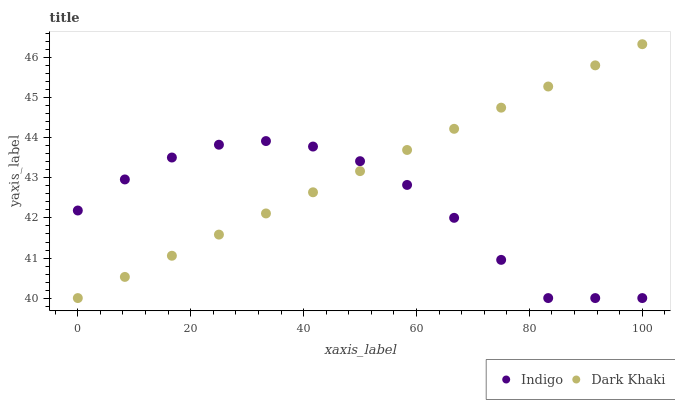
| xaxis_label | Indigo | Dark Khaki |
 | --- | --- | --- |
 | 0 | 42.2 | 40 |
 | 8.33 | 43 | 40.5 |
 | 16.7 | 43.5 | 41.1 |
 | 25 | 43.8 | 41.6 |
 | 33.3 | 43.9 | 42.1 |
 | 41.7 | 43.8 | 42.6 |
 | 50 | 43.4 | 43.2 |
 | 58.3 | 42.8 | 43.7 |
 | 66.7 | 42 | 44.2 |
 | 75 | 41 | 44.8 |
 | 83.3 | 40 | 45.3 |
 | 91.7 | 40 | 45.8 |
 | 100 | 40 | 46.3 |